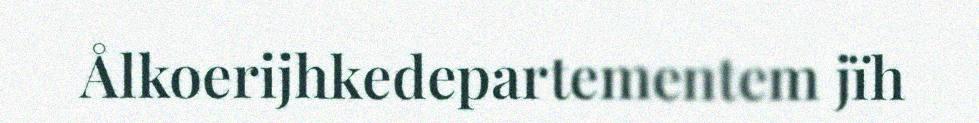
Ålkoerijhkedepartementem jïh